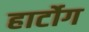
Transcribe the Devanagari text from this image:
हार्टोग